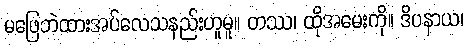
မဖြေဘဲထားအပ်လေသနည်းဟူမူ။ တဿ၊ ထိုအမေးကို။ ဒိပနာယ၊